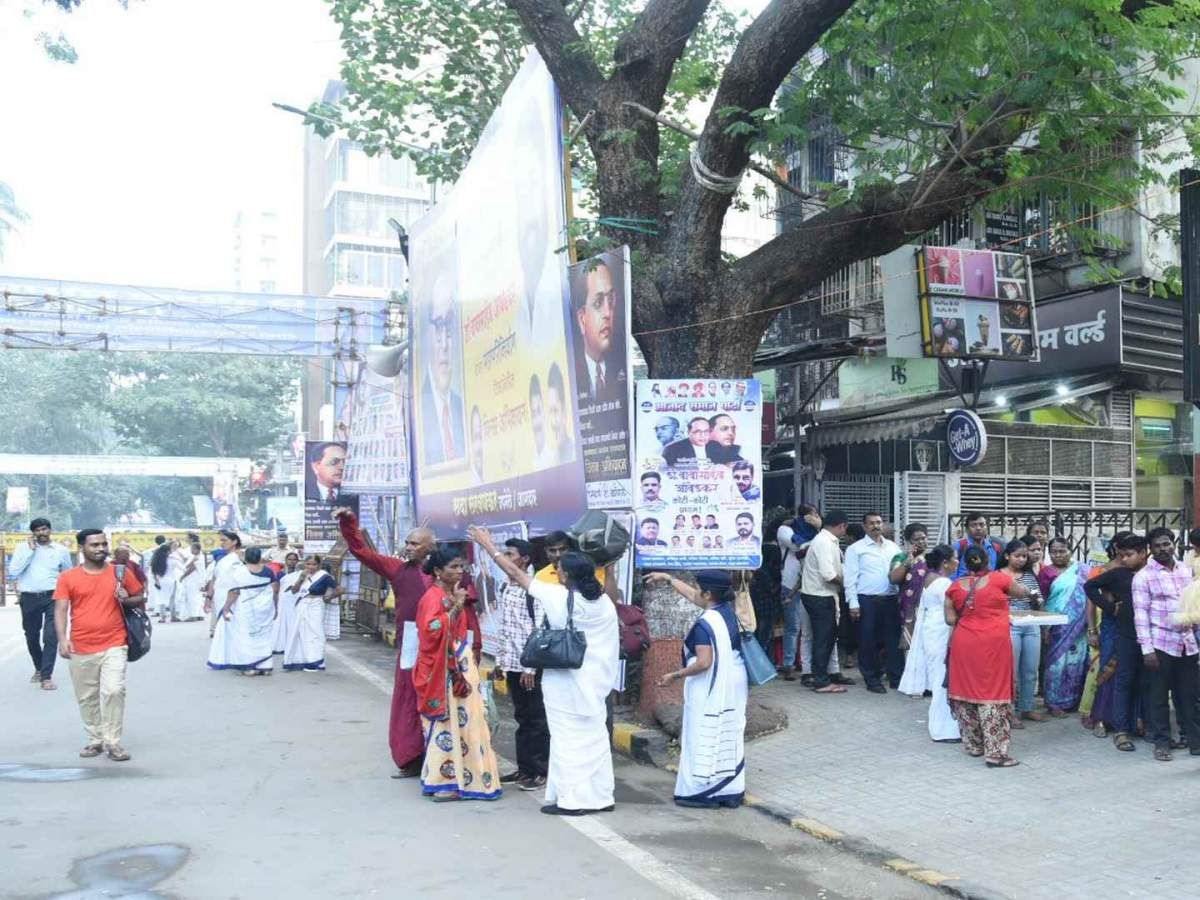
Language: marathi
Transcription: वर्ल्ड